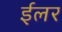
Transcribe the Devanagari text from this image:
ईलर